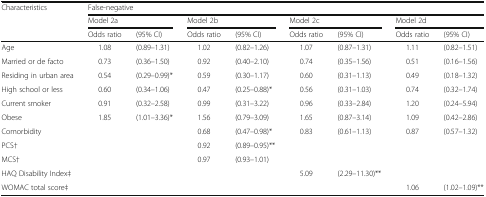
<table><thead><tr><td rowspan="3"><b>Characteristics</b></td><td colspan="8"><b>False-negative</b></td></tr><tr><td colspan="2"><b>Model 2a</b></td><td colspan="2"><b>Model 2b</b></td><td colspan="2"><b>Model 2c</b></td><td colspan="2"><b>Model 2d</b></td></tr><tr><td><b>Odds ratio</b></td><td><b>(95% CI)</b></td><td><b>Odds ratio</b></td><td><b>(95% CI)</b></td><td><b>Odds ratio</b></td><td><b>(95% CI)</b></td><td><b>Odds ratio</b></td><td><b>(95% CI)</b></td></tr></thead><tbody><tr><td>Age</td><td>1.08</td><td>(0.89–1.31)</td><td>1.02</td><td>(0.82–1.26)</td><td>1.07</td><td>(0.87–1.31)</td><td>1.11</td><td>(0.82–1.51)</td></tr><tr><td>Married or de facto</td><td>0.73</td><td>(0.36–1.50)</td><td>0.92</td><td>(0.40–2.10)</td><td>0.74</td><td>(0.35–1.56)</td><td>0.51</td><td>(0.16–1.56)</td></tr><tr><td>Residing in urban area</td><td>0.54</td><td>(0.29–0.99)*</td><td>0.59</td><td>(0.30–1.17)</td><td>0.60</td><td>(0.31–1.13)</td><td>0.49</td><td>(0.18–1.32)</td></tr><tr><td>High school or less</td><td>0.60</td><td>(0.34–1.06)</td><td>0.47</td><td>(0.25–0.88)*</td><td>0.56</td><td>(0.31–1.03)</td><td>0.74</td><td>(0.32–1.74)</td></tr><tr><td>Current smoker</td><td>0.91</td><td>(0.32–2.58)</td><td>0.99</td><td>(0.31–3.22)</td><td>0.96</td><td>(0.33–2.84)</td><td>1.20</td><td>(0.24–5.94)</td></tr><tr><td>Obese</td><td>1.85</td><td>(1.01–3.36)*</td><td>1.56</td><td>(0.79–3.09)</td><td>1.65</td><td>(0.87–3.14)</td><td>1.09</td><td>(0.42–2.86)</td></tr><tr><td>Comorbidity</td><td></td><td></td><td>0.68</td><td>(0.47–0.98)*</td><td>0.83</td><td>(0.61–1.13)</td><td>0.87</td><td>(0.57–1.32)</td></tr><tr><td>PCS†</td><td></td><td></td><td>0.92</td><td>(0.89–0.95)**</td><td></td><td></td><td></td><td></td></tr><tr><td>MCS†</td><td></td><td></td><td>0.97</td><td>(0.93–1.01)</td><td></td><td></td><td></td><td></td></tr><tr><td>HAQ Disability Index‡</td><td></td><td></td><td></td><td></td><td>5.09</td><td>(2.29–11.30)**</td><td></td><td></td></tr><tr><td>WOMAC total score‡</td><td></td><td></td><td></td><td></td><td></td><td></td><td>1.06</td><td>(1.02–1.09)**</td></tr></tbody></table>